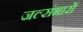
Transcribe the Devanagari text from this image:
जल्संभारों